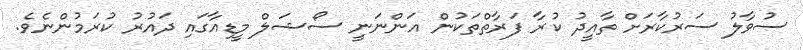
ސުވާލު ސަރުކާރަށް ތާއީދު ކުރާ ފަރާތްތަކުން އަންނަނީ ސޯޝަލް މީޑިއާގައި ދައުރު ކުރަމުންނެވެ.